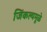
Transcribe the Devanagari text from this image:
जिंकल्यमूळे